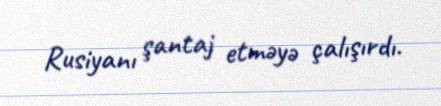
Rusiyanı şantaj etməyə çalışırdı.